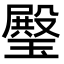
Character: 𤩱